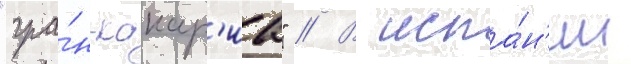
"гра́н-канар'иа" // В испа́н'ии